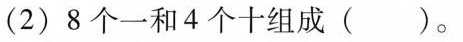
(2)8个一和4个十组成( )。